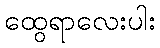
ထွေရာလေးပါး